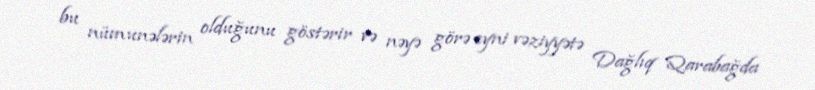
bu nümunələrin olduğunu göstərir və nəyə görə eyni vəziyyətə Dağlıq Qarabağda